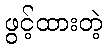
ဖွင့်ထားတဲ့